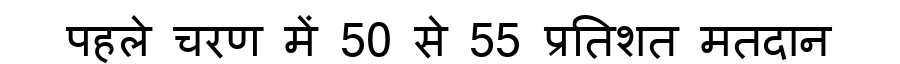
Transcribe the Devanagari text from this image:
पहले चरण में 50 से 55 प्रतिशत मतदान